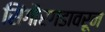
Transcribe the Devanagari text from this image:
सिंगौरगडावरून